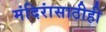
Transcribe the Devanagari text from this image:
मंदिरांसाठीही